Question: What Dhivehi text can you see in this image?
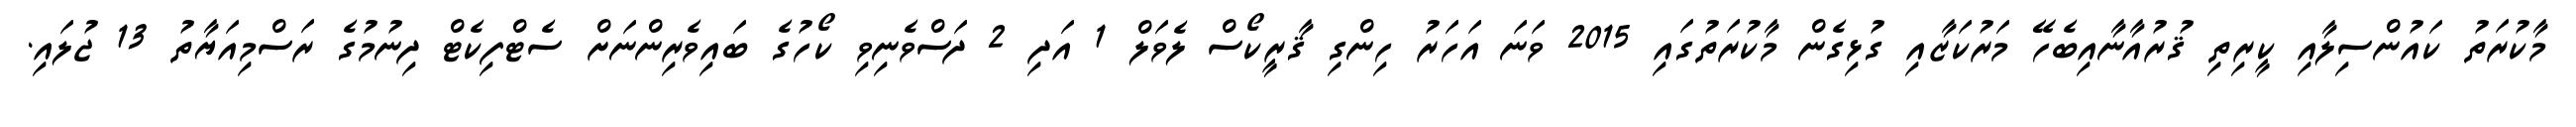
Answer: މާކުރަތު ކައުންސިލާއި ކީރިތި ޤުރުއާނާއިބެހޭ މަރުކަޒާއި ގުޅިގެން މާކުރަތުގައި 2015 ވަނަ އަހަރު ހިންގި ޤާރީކޯސް ލެވަލް 1 އަދި 2 ދަސްވެނިވި ކޯހުގެ ބައިވެރިންނަށް ސެޓްފިކެޓް ދިނުމުގެ ރަސްމިއަޔާތު 13 ޖުލައި.